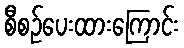
စီစဉ်ပေးထားကြောင်း